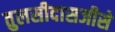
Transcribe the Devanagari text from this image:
तुलसीदासजीसे